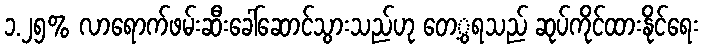
၁.၂၅% လာရောက်ဖမ်းဆီးခေါ်ဆောင်သွားသည်ဟု တေ့ွရသည် ဆုပ်ကိုင်ထားနိုင်ရေး